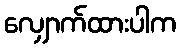
လျှောက်ထားပါက